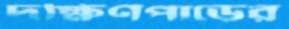
দক্ষিণপাড়ের